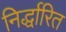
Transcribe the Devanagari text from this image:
निर्द्धारित